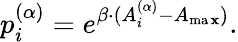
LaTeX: p_{i}^{(\alpha)}=e^{\beta\cdot(A_{i}^{(\alpha)}-A_{\operatorname*{ma\mathbf{x}}})}.